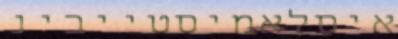
איסלאמיסטייבינ